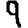
Digit: 9